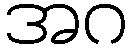
အဂ